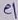
Text: e1